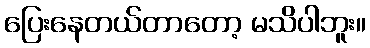
ပြေးနေတယ်တာတော့ မသိပါဘူး။